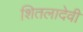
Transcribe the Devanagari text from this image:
शितलादेवी